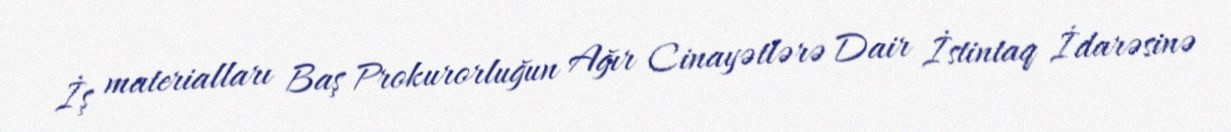
İş materialları Baş Prokurorluğun Ağır Cinayətlərə Dair İstintaq İdarəsinə